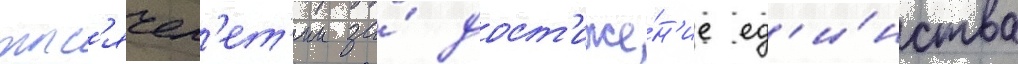
тыс'ячел'ет'ии за́ дост'иже́н'ие ед'и́нства